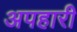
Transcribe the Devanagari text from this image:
अपहारी